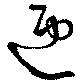
匝